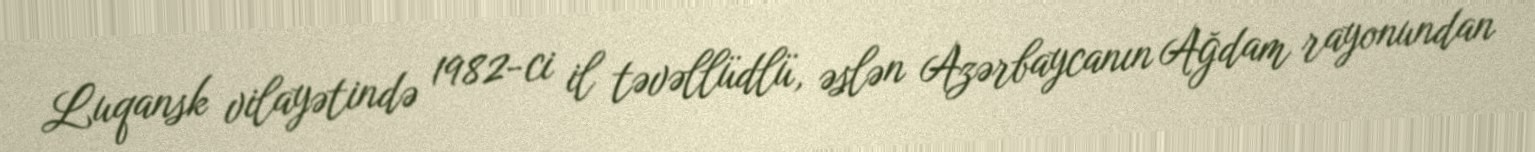
Luqansk vilayətində 1982-ci il təvəllüdlü, əslən Azərbaycanın Ağdam rayonundan